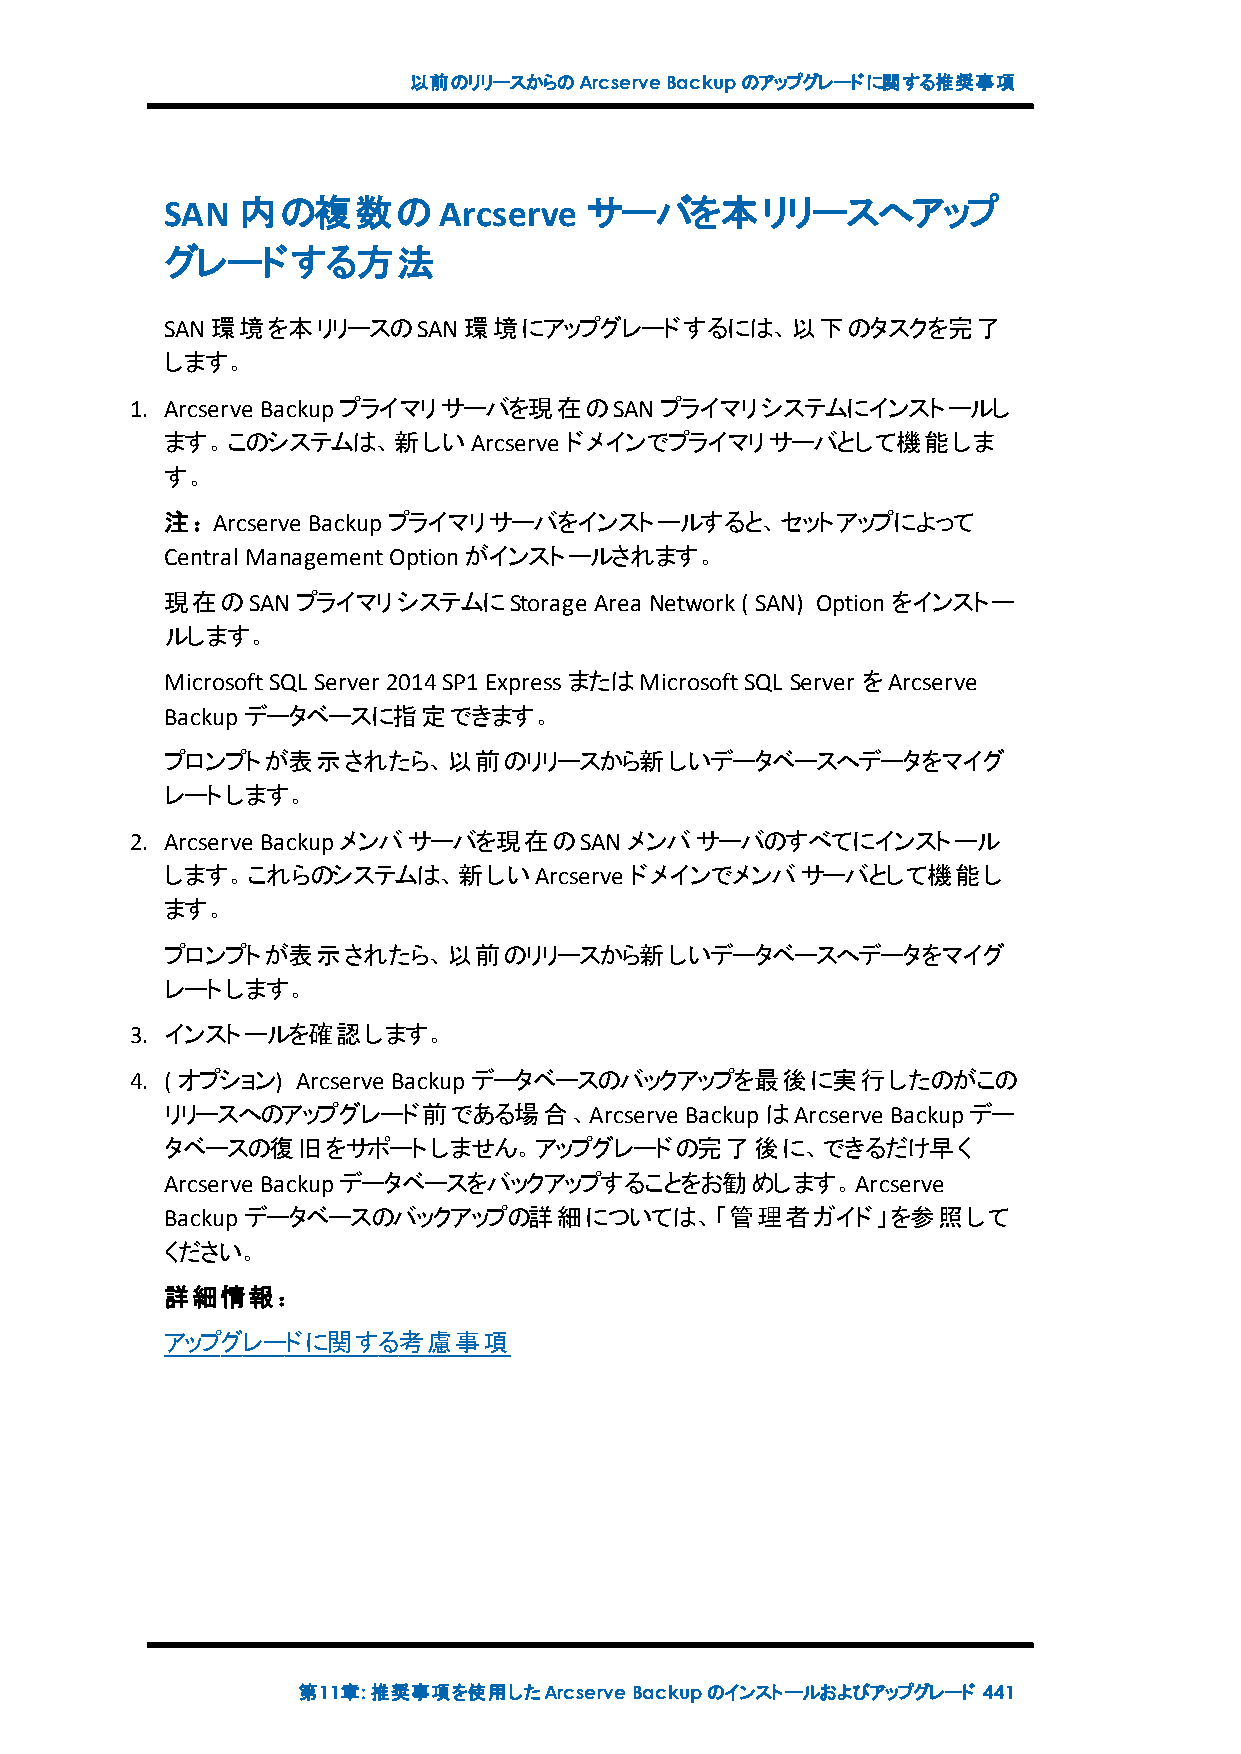
以前のリリースからのArcserveBackupのアップグレードに関する推奨事項
 SAN  内の複数のArcserve          サーバを本リリースへアップ
 グレードする方法
 SAN環境を本リリースのSAN環境にアップグレードするには、以下のタスクを完了
 します。
 1. Arcserve Backupプライマリサーバを現在のSANプライマリシステムにインストールし
 ます。このシステムは、新しいArcserve    ドメインでプライマリサーバとして機能しま
 す。
 注：Arcserve Backupプライマリサーバをインストールすると、セットアップによって
 Central ManagementOptionがインストールされます。
 現在のSANプライマリシステムにStorage     Area Network( SAN) Optionをインストー
 ルします。
 MicrosoftSQL Server 2014SP1ExpressまたはMicrosoftSQL Server をArcserve
 Backupデータベースに指定できます。
 プロンプトが表示されたら、以前のリリースから新しいデータベースへデータをマイグ
 レートします。
 2. Arcserve Backupメンバサーバを現在のSANメンバサーバのすべてにインストール
 します。これらのシステムは、新しいArcserve      ドメインでメンバサーバとして機能し
 ます。
 プロンプトが表示されたら、以前のリリースから新しいデータベースへデータをマイグ
 レートします。
 3. インストールを確認します。
 4. ( オプション) Arcserve Backupデータベースのバックアップを最後に実行したのがこの
 リリースへのアップグレード前である場合、Arcserve      BackupはArcserve Backupデー
 タベースの復旧をサポートしません。アップグレードの完了後に、できるだけ早く
 Arcserve Backupデータベースをバックアップすることをお勧めします。Arcserve
 Backupデータベースのバックアップの詳細については、「管理者ガイド」を参照して
 ください。
 詳細情報：
 アップグレードに関する考慮事項
 第11章:推奨事項を使用したArcserveBackupのインストールおよびアップグレード 441